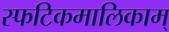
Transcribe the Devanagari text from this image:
स्फटिकमालिकाम्